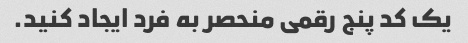
یک کد پنج رقمی منحصر به فرد ایجاد کنید.